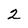
Character: 2